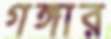
গঙ্গার